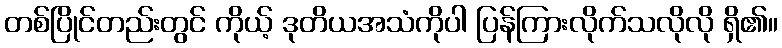
တစ်ပြိုင်တည်းတွင် ကိုယ့် ဒုတိယအသံကိုပါ ပြန်ကြားလိုက်သလိုလို ရှိ၏။